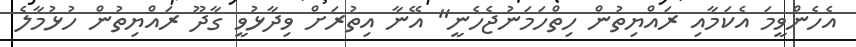
އެެހެންވީމަ އެކަމާއި ރައްޔިތުން ހިތްހަމަނުޖެހެނީ" އޭނާ އިތުރަށް ވިދާޅުވީ ގާދޫ ރައްޔިތުން ހުޅުމާލެ